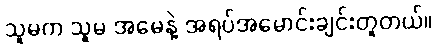
သူမက သူမ အမေနဲ့ အရပ်အမောင်းချင်းတူတယ်။